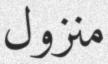
منزول